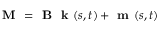
\textbf { M } = \textbf { B } \textbf { k } ( s , t ) + \textbf { m } ( s , t )